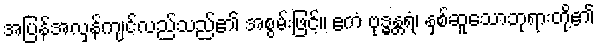
အပြန်အလှန်ကျင်လည်သည်၏ အစွမ်းဖြင့်။ ဧကံ ဗုဒ္ဓန္တရံ၊ နှစ်ဆူသောဘုရားတို့၏